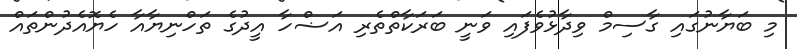
މި ބަޔާނުގައި ގާސިމް ވިދާޅުވެފައި ވަނީ ބަރަކާތްތެރި އަޟްހާ އީދުގެ ތަހްނިޔާއާ ހެޔޮއެދުންތައް